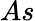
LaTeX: As